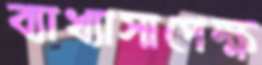
ব্যাখ্যাসাপেক্ষ